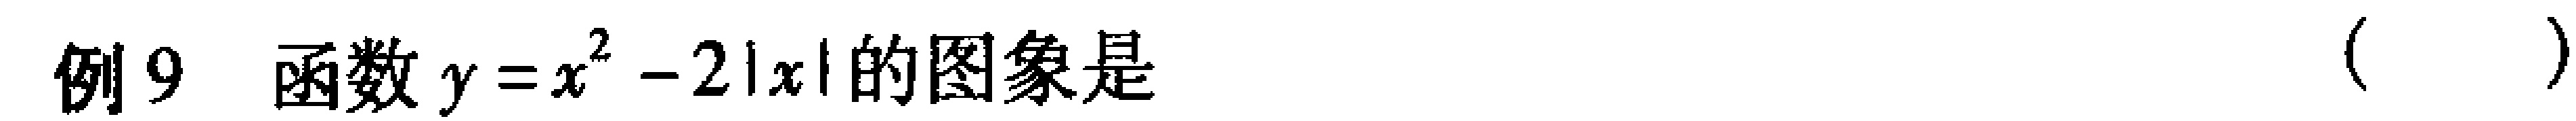
18. (1) \(\sin\frac{\pi}{24}=\sqrt{\frac{1 - \cos\frac{\pi}{12}}{2}}=\sqrt{\frac{1-\sqrt{\frac{1 + \cos\frac{\pi}{6}}{2}}}{2}}=\frac{1}{2}\sqrt{2-\sqrt{2 + \sqrt{3}}}\)